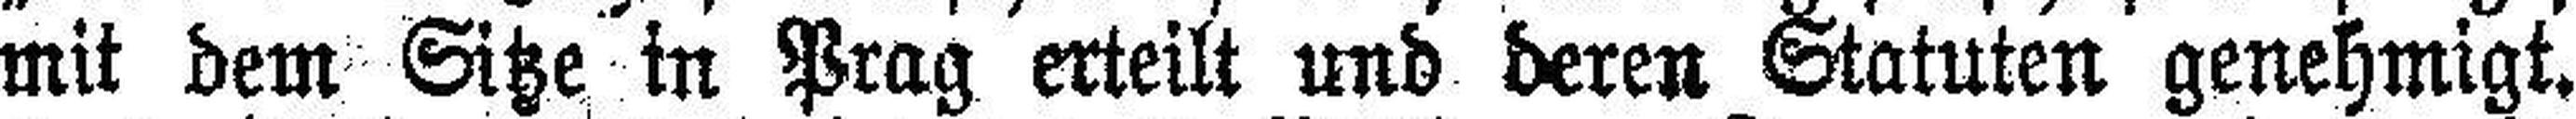
mit dem Sitze in Prag erteilt und deren Statuten genehmigt.